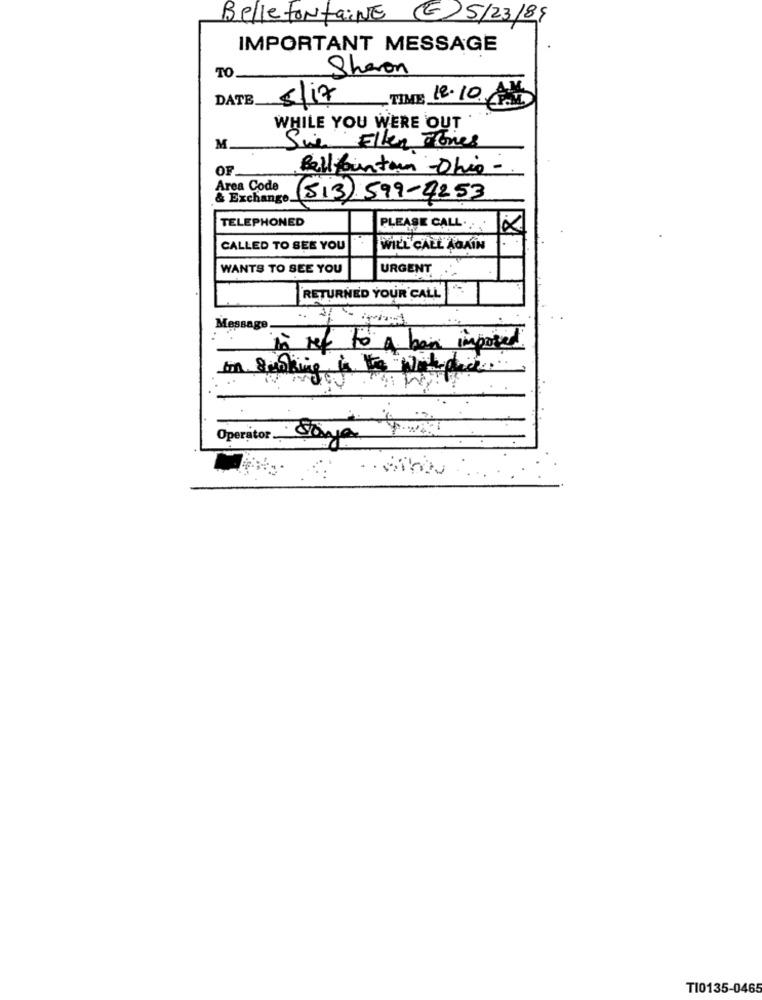
Bellefontaine E 5/23/89
IMPORTANT MESSAGE
Sharon
TO
DATE.
8/17
TIME 12.10. AM
WHILE YOU WERE OUT
M.
Sie Ellen Tones
OF
Bellounton -Ohio -
Area Code
& Exchange.
(513) 599-4253
TELEPHONED
PLEASE CALL ....
CALLED TO SEE YOU
WILL CALL AGAIN
WANTS TO SEE YOU
URGENT
RETURNED YOUR CALL
Message
in ref to a bain imposed
Operator ...
T10135-0465